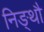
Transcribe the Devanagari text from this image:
निङ्थौ